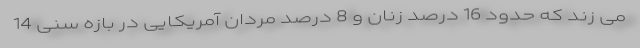
می زند که حدود 16 درصد زنان و 8 درصد مردان آمریکایی در بازه سنی 14